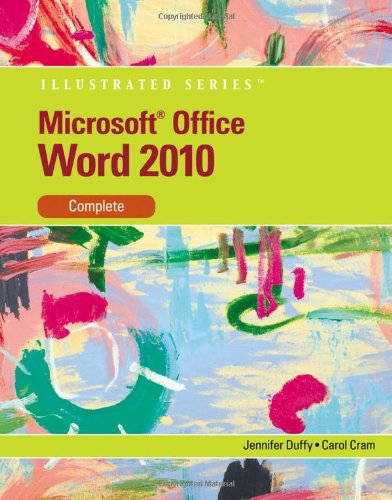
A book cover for Microsoft Word 2010: Illustrated Complete (Illustrated Series: Individual Office Applications); Jennifer Duffy; Computers & Technology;